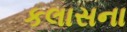
કલાસના